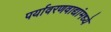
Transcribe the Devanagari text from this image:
पर्यावरणवाद्यांमध्ये